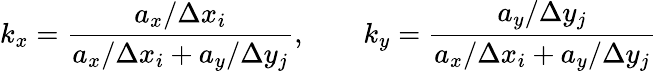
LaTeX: k_{x}=\frac{a_{x}/\Delta x_{i}}{a_{x}/\Delta x_{i}+a_{y}/\Delta y_{j}},\qquad k_{y}=\frac{a_{y}/\Delta y_{j}}{a_{x}/\Delta x_{i}+a_{y}/\Delta y_{j}}